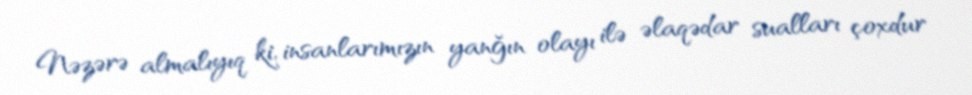
Nəzərə almalıyıq ki, insanlarımızın yanğın olayı ilə əlaqədar sualları çoxdur